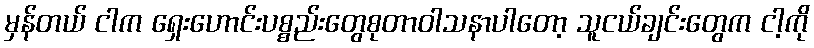
မှန်တယ် ငါက ရှေးဟောင်းပစ္စည်းတွေစုတာဝါသနာပါတော့ သူငယ်ချင်းတွေက ငါ့ကို